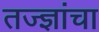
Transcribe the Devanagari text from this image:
तज्‍ज्ञांचा